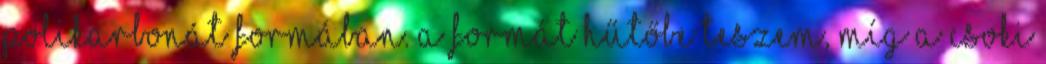
polikarbonát formában. A formát hűtőbe teszem, míg a csoki